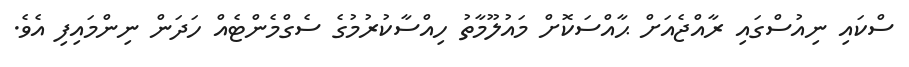
ސްކައި ނިއުސްގައި ރާއްޖެއަށް ޙާއްސަކޮށް މައުލޫމާތު ހިއްސާކުރުމުގެ ސެގްމެންޓެއް ހަދަން ނިންމައިފި އެވެ.